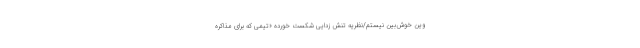
وین خوش‌بین نیستم/نظریه تنش زدایی شکست خورده «تیمی که برای مذاکره